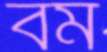
বর্ম